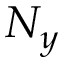
N _ { y }